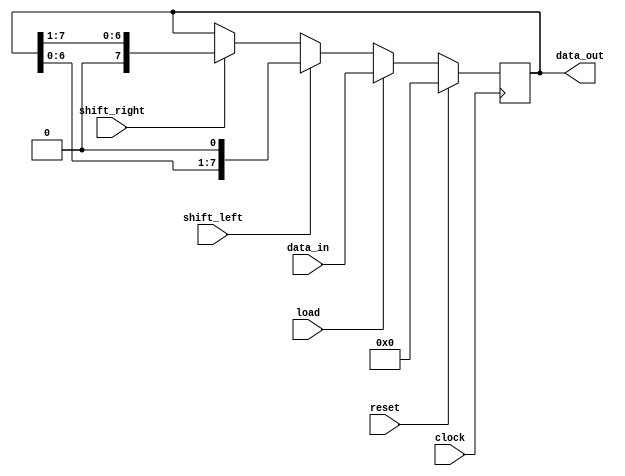
module universal_shift_register(
    input wire clock,
    input wire reset,
    input wire load,
    input wire shift_left,
    input wire shift_right,
    input wire [7:0] data_in,
    output reg [7:0] data_out
);

reg [7:0] register_array;

always @(posedge clock) begin
    if (reset) begin
        register_array <= 8'h00;
    end else if (load) begin
        register_array <= data_in;
    end else if (shift_left) begin
        register_array <= register_array << 1;
    end else if (shift_right) begin
        register_array <= register_array >> 1;
    end
end

assign data_out = register_array;

endmodule